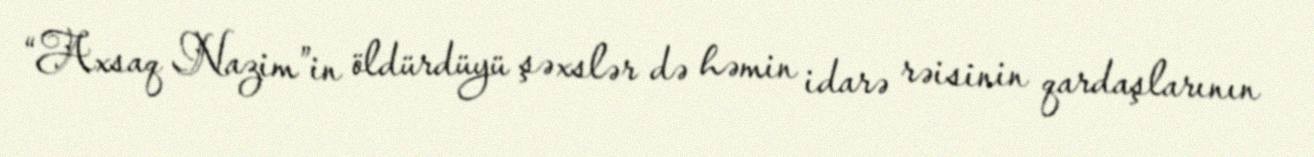
“Axsaq Nazim”in öldürdüyü şəxslər də həmin idarə rəisinin qardaşlarının